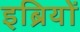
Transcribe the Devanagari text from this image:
इब्रियों